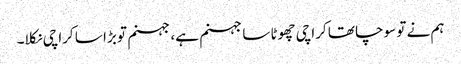
ہم نے تو سوچا تھا کراچی چھوٹا سا جہنم ہے، جہنم تو بڑا سا کراچی نکلا۔